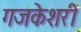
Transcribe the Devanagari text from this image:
गजकेशरी